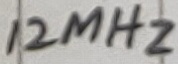
Text: 12Mhz